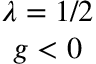
\begin{array} { c } { { \lambda = 1 / 2 } } \\ { { g < 0 } } \end{array}